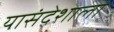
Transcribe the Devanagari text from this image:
यासंदेशाला